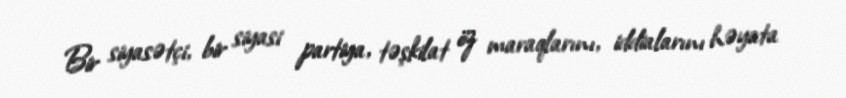
Bir siyasətçi, bir siyasi partiya, təşkilat öz maraqlarını, iddialarını həyata